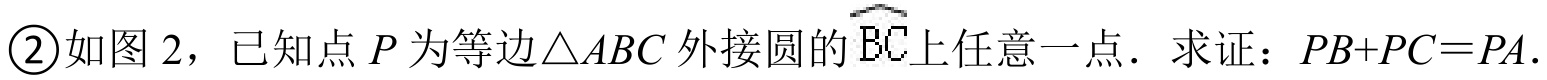
\textcircled{2}如图 2，已知点\(P\)为等边\(\triangle ABC\)外接圆的\(\overset{\frown}{BC}\)上任意一点．求证：\(PB + PC = PA\).